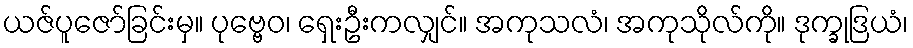
ယဇ်ပူဇော်ခြင်းမှ။ ပုဗ္ဗေဝ၊ ရှေးဦးကလျှင်။ အကုသလံ၊ အကုသိုလ်ကို။ ဒုက္ခုဒြယံ၊